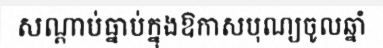
សណ្តាប់ធ្នាប់ក្នុងឱកាសបុណ្យចូលឆ្នាំ